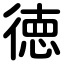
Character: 徳